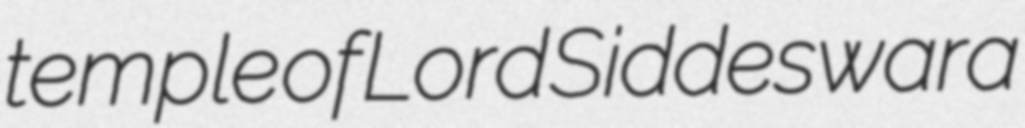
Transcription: temple of Lord Siddeswara